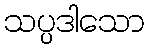
သပ္ပဒါသော